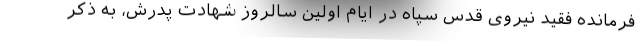
فرمانده فقید نیروی قدس سپاه در ایام اولین سالروز شهادت پدرش، به ذکر